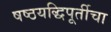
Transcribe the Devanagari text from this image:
षष्ठयद्धिपूर्तीचा